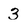
Character: 3